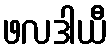
ဖလဒါယီ